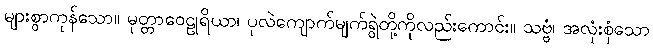
များစွာကုန်သော။ မုတ္တာဝေဠုရိယာ၊ ပုလဲကျောက်မျက်ရွဲတို့ကိုလည်းကောင်း။ သဗ္ဗံ၊ အလုံးစုံသော